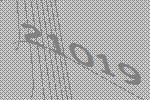
21019